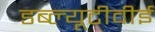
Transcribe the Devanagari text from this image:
डब्ल्यूटीवीई